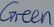
Text: Green